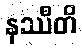
နဿီတိ